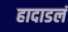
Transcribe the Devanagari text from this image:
हादाडलं